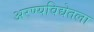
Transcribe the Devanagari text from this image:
अरण्यविद्येतला